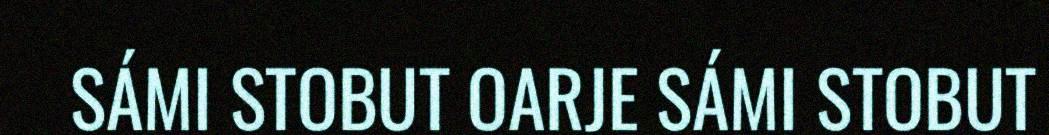
SÁMI STOBUT OARJE SÁMI STOBUT